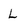
Character: L